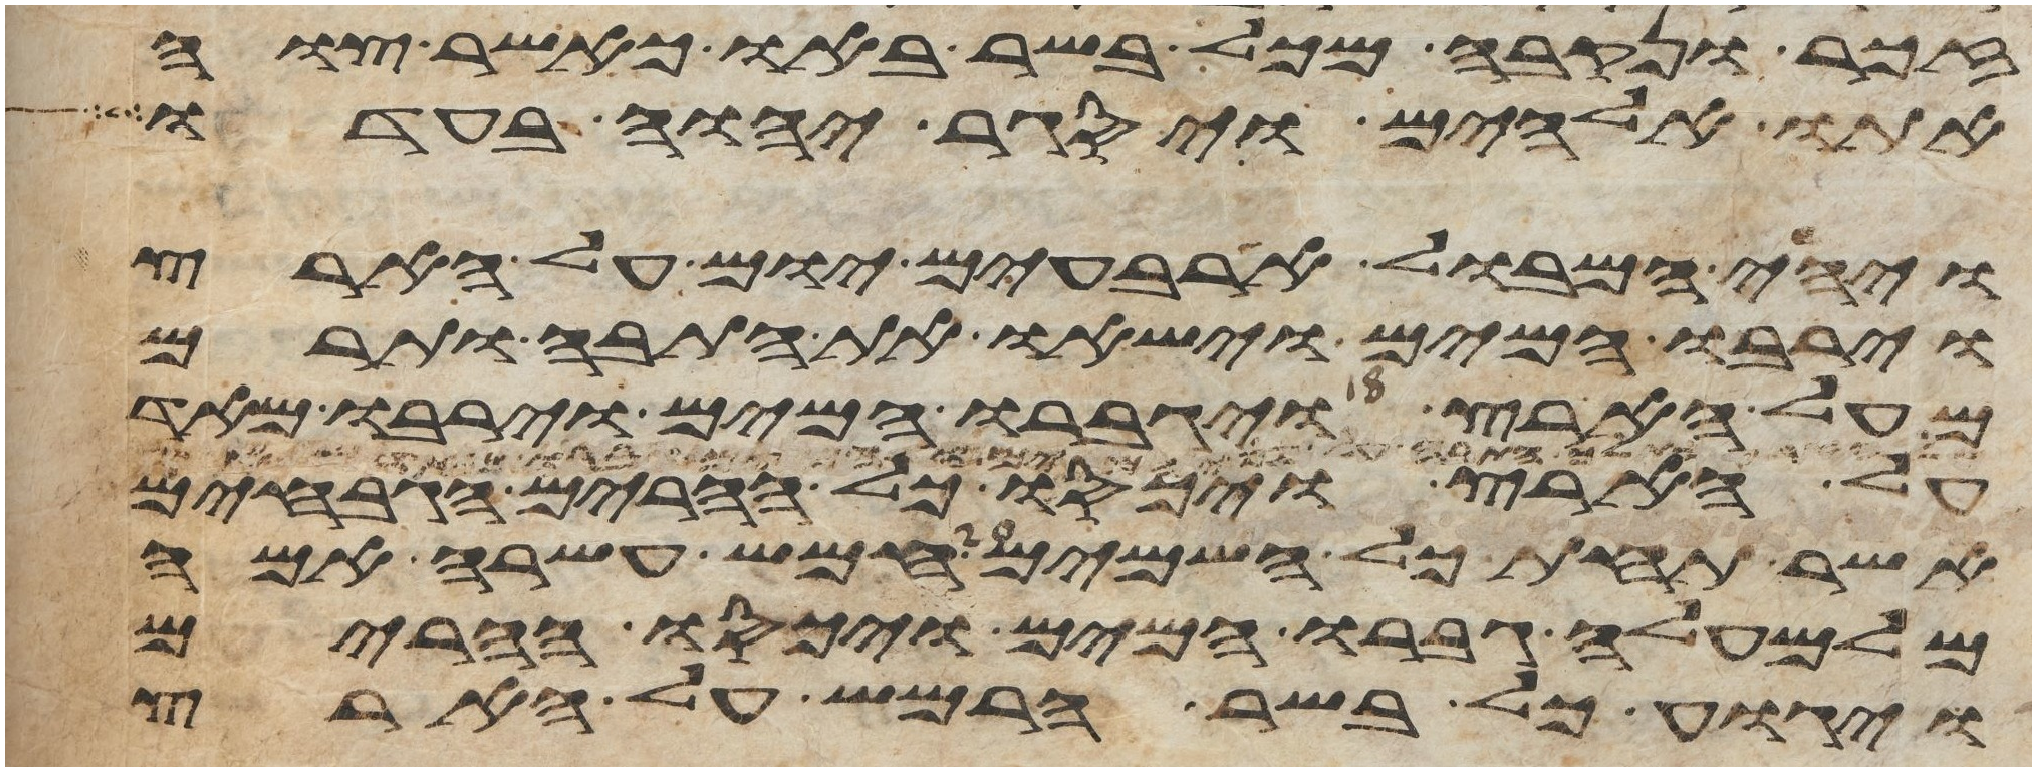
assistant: זכר ונקבה מכל בשר באו כאשר צוה
אתו אלהים ויסגר יהוה בעדו
ויהי המבול ארבעים יום על הארץ
וירבו המים וישאו את התבה ותרם
מעל הארץ ויגברו המים וירבו מאד
על הארץ ויכסו כל ההרים הגבחים
אשר תחת כל השמים חמש עשרה אמה
מלמעלה גברו המים ויכסו ההרים
ויגוע כל בשר הרמש על הארץ